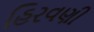
હિરવણી